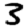
Digit: 3